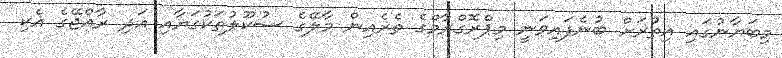
މިބަޔާނުގައި އިތުރަށް ބުނެފައިވަނީ މިޕްރޮގްރާމްގެ ތެރެއިން މާލޭގެ ސުކޫލުތަކުގަޔާއި އަދި ރާއްޖޭގެ އެކި